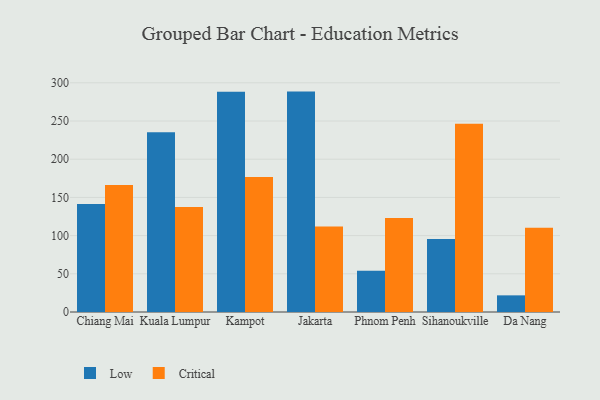
{"axis": {"x": "City", "y": "Temperature (°C)"}, "legend": ["Critical", "Low"], "data": [{"x": "Chiang Mai", "y": 141.5, "type": "Low"}, {"x": "Chiang Mai", "y": 166.2, "type": "Critical"}, {"x": "Kuala Lumpur", "y": 235.2, "type": "Low"}, {"x": "Kuala Lumpur", "y": 137.6, "type": "Critical"}, {"x": "Kampot", "y": 288.4, "type": "Low"}, {"x": "Kampot", "y": 176.6, "type": "Critical"}, {"x": "Jakarta", "y": 288.5, "type": "Low"}, {"x": "Jakarta", "y": 111.8, "type": "Critical"}, {"x": "Phnom Penh", "y": 53.9, "type": "Low"}, {"x": "Phnom Penh", "y": 123.1, "type": "Critical"}, {"x": "Sihanoukville", "y": 95.4, "type": "Low"}, {"x": "Sihanoukville", "y": 246.5, "type": "Critical"}, {"x": "Da Nang", "y": 21.8, "type": "Low"}, {"x": "Da Nang", "y": 110.2, "type": "Critical"}]}